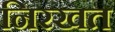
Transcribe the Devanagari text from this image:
निरखत